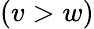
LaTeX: (v>w)